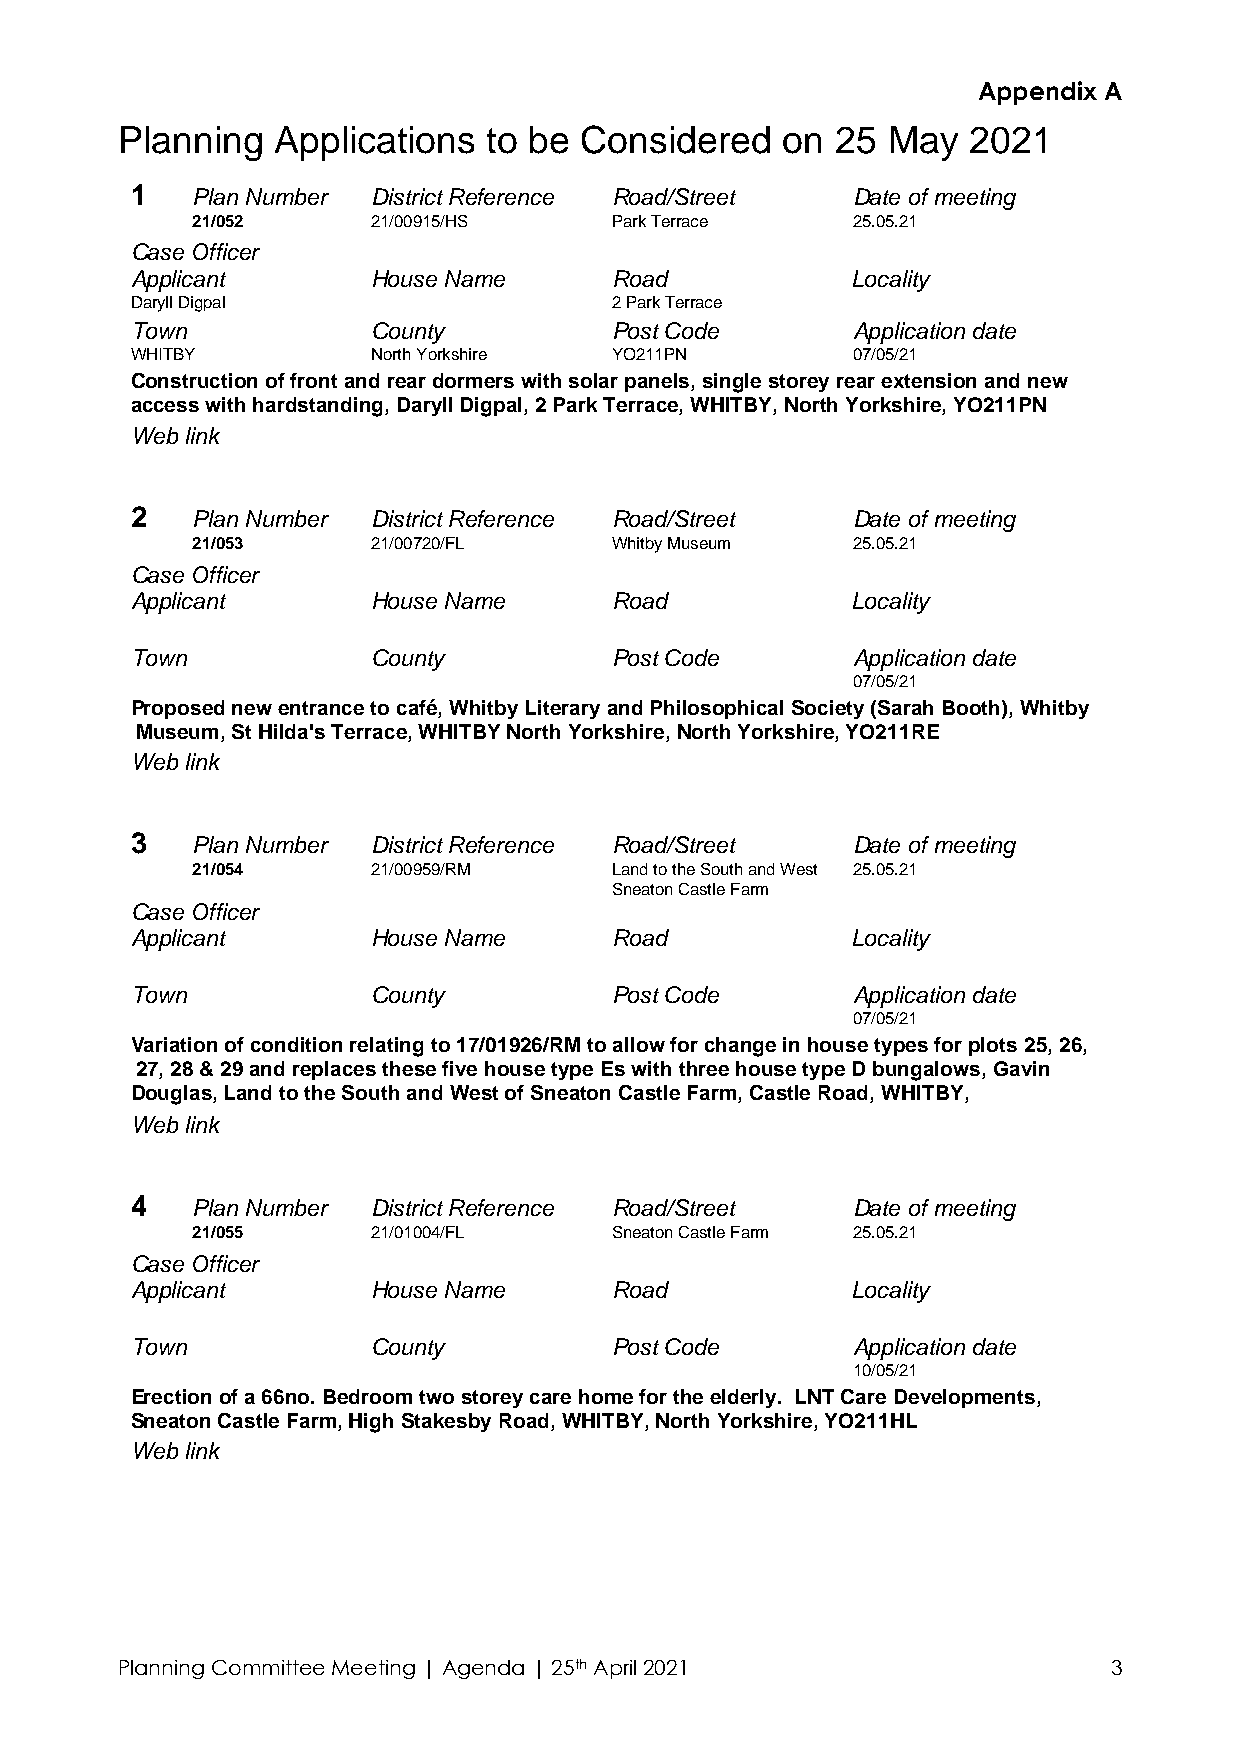
Appendix A
 Planning  Applications  to be Considered    on 25  May  2021
 1   Plan Number District Reference Road/Street Date of meeting
 21/052      21/00915/HS    Park Terrace    25.05.21
 Case Officer
 Applicant       House Name     Road            Locality
 Daryll Digpal                  2 Park Terrace
 Town            County         Post Code       Application date
 WHITBY          North Yorkshire YO211PN        07/05/21
 Construction of front and rear dormers with solar panels, single storey rear extension and new
 access with hardstanding, Daryll Digpal, 2 Park Terrace, WHITBY, North Yorkshire, YO211PN
 Web link
 2   Plan Number District Reference Road/Street Date of meeting
 21/053      21/00720/FL    Whitby Museum   25.05.21
 Case Officer
 Applicant       House Name     Road            Locality
 Town            County         Post Code       Application date
 07/05/21
 Proposed new entrance to café, Whitby Literary and Philosophical Society (Sarah Booth), Whitby
 Museum, St Hilda's Terrace, WHITBY North Yorkshire, North Yorkshire, YO211RE
 Web link
 3   Plan Number District Reference Road/Street Date of meeting
 21/054      21/00959/RM    Land to the South and West 25.05.21
 Sneaton Castle Farm
 Case Officer
 Applicant       House Name     Road            Locality
 Town            County         Post Code       Application date
 07/05/21
 Variation of condition relating to 17/01926/RM to allow for change in house types for plots 25, 26,
 27, 28 & 29 and replaces these five house type Es with three house type D bungalows, Gavin
 Douglas, Land to the South and West of Sneaton Castle Farm, Castle Road, WHITBY,
 Web link
 4   Plan Number District Reference Road/Street Date of meeting
 21/055      21/01004/FL    Sneaton Castle Farm 25.05.21
 Case Officer
 Applicant       House Name     Road            Locality
 Town            County         Post Code       Application date
 10/05/21
 Erection of a 66no. Bedroom two storey care home for the elderly. LNT Care Developments,
 Sneaton Castle Farm, High Stakesby Road, WHITBY, North Yorkshire, YO211HL
 Web link
 Planning Committee Meeting | Agenda | 25th April 2021             3